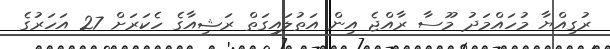
ރުގިއްޔާ މުހައްމަދު މޫސާ ރާއްޖެ އިން އަތުލައިގަތް ރަޝިއާގެ ހެކަރަށް 27 އަހަރުގެ